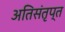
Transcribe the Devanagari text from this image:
अतिसंतृप्त